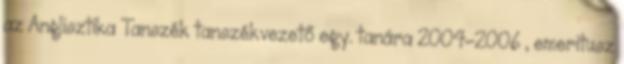
az Anglisztika Tanszék tanszékvezető egy. tanára 2004–2006 , emeritusz